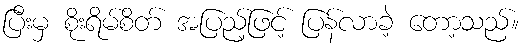
ပြီးမှ စိုးရိမ်စိတ် အပြည့်ဖြင့် ပြန်လာခဲ့ တော့သည်။